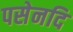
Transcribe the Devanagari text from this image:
पसेनदि